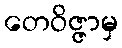
တေဝိဇ္ဇာမှ